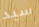
سيد